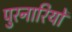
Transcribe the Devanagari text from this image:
पुरनारियों